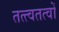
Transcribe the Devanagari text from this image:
तत्त्वतत्वों